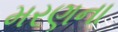
મરણના